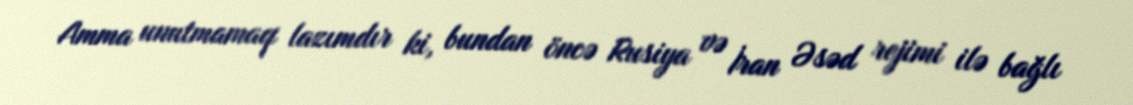
Amma unutmamaq lazımdır ki, bundan öncə Rusiya və İran Əsəd rejimi ilə bağlı